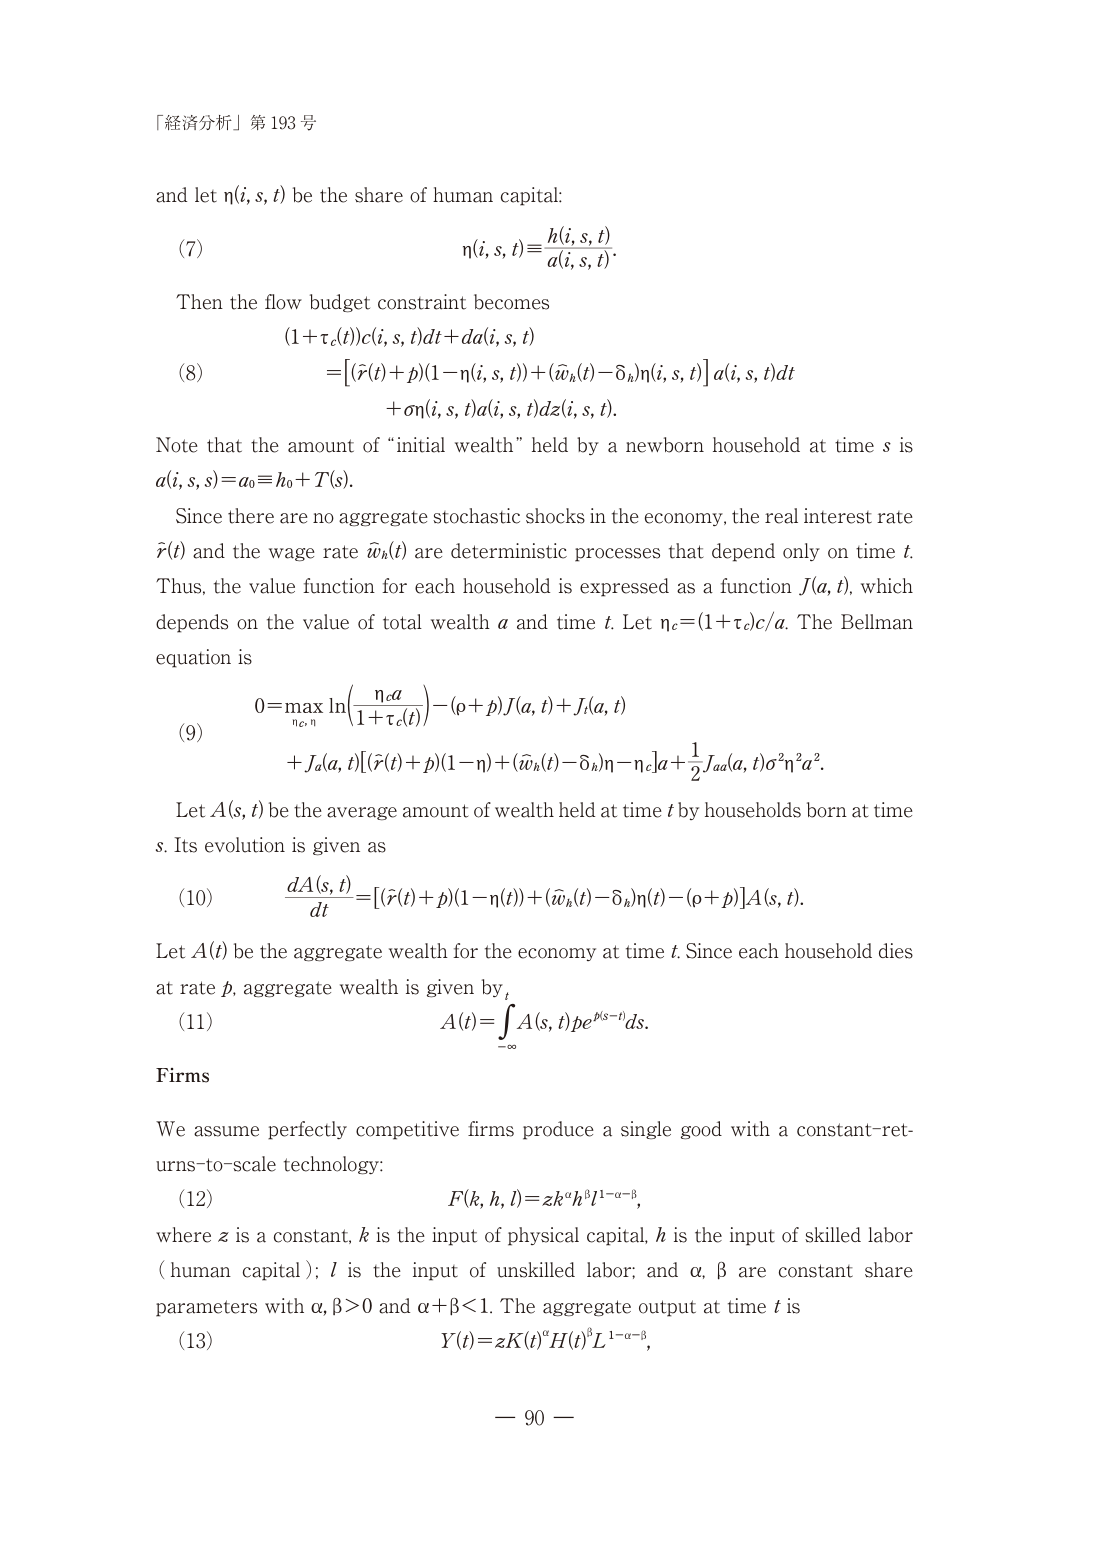
「経済分析」第193号

and let η(i,s,t) be the share of human capital:

(7) η(i,s,t)≡h(i,s,t)/a(i,s,t).

Then the flow budget constraint becomes

(8) (1+τc(t))c(i,s,t)dt+da(i,s,t)
    =[ (r̃(t)+ρ)(1−η(i,s,t))+(w̃h(t)−δh)η(i,s,t) ] a(i,s,t)dt
    +ση(i,s,t)a(i,s,t)dz(i,s,t).

Note that the amount of “initial wealth” held by a newborn household at time s is
a(i,s,s)=a0≡h0+T(s).

Since there are no aggregate stochastic shocks in the economy, the real interest rate
r̃(t) and the wage rate w̃h(t) are deterministic processes that depend only on time t.
Thus, the value function for each household is expressed as a function J(a,t), which
depends on the value of total wealth a and time t. Let ηc=(1+τc)c/a. The Bellman
equation is

(9) 0=max[ ln(ηc a/(1+τc(t)))−(ρ+ρ)J(a,t)+J(a,t)
    +Ja(a,t)[(r̃(t)+ρ)(1−η)+(w̃h(t)−δh)η−ηc]a+(1/2)Jaa(a,t)σ²η²a² ].

Let A(s,t) be the average amount of wealth held at time t by households born at time
s. Its evolution is given as

(10) dA(s,t)/dt=[(r̃(t)+ρ)(1−η(t))+(w̃h(t)−δh)η(t)−(ρ+ρ)]A(s,t).

Let A(t) be the aggregate wealth for the economy at time t. Since each household dies
at rate ρ, aggregate wealth is given by,

(11) A(t)=∫₋∞ᵗ A(s,t)ρe^(ρ(s−t))ds.

Firms

We assume perfectly competitive firms produce a single good with a constant-returns-to-scale technology:

(12) F(k,h,l)=z k^α h^β l^(1−α−β),

where z is a constant, k is the input of physical capital, h is the input of skilled labor
(human capital); l is the input of unskilled labor; and α, β are constant share
parameters with α,β>0 and α+β<1. The aggregate output at time t is

(13) Y(t)=z K(t)^α H(t)^β L^(1−α−β),

— 90 —